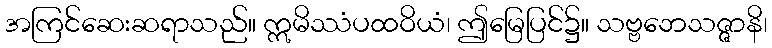
အကြင်ဆေးဆရာသည်။ ဣမိဿံပထဝိယံ၊ ဤမြေပြင်၌။ သဗ္ဗဘေသဇ္ဇာနိ၊